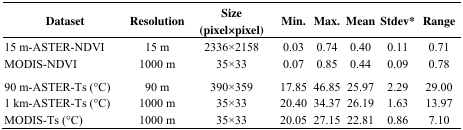
<table><thead><tr><td><b>Dataset</b></td><td><b>Resolution</b></td><td><b>Size(pixel×pixel)</b></td><td><b>Min.</b></td><td><b>Max.</b></td><td><b>Mean</b></td><td><b>Stdev*</b></td><td><b>Range</b></td></tr></thead><tbody><tr><td>15 m-ASTER-NDVI</td><td>15 m</td><td>2336×2158</td><td>0.03</td><td>0.74</td><td>0.40</td><td>0.11</td><td>0.71</td></tr><tr><td>MODIS-NDVI</td><td>1000 m</td><td>35×33</td><td>0.07</td><td>0.85</td><td>0.44</td><td>0.09</td><td>0.78</td></tr><tr><td>90 m-ASTER-Ts (°C)</td><td>90 m</td><td>390×359</td><td>17.85</td><td>46.85</td><td>25.97</td><td>2.29</td><td>29.00</td></tr><tr><td>1 km-ASTER-Ts (°C)</td><td>1000 m</td><td>35×33</td><td>20.40</td><td>34.37</td><td>26.19</td><td>1.63</td><td>13.97</td></tr><tr><td>MODIS-Ts (°C)</td><td>1000 m</td><td>35×33</td><td>20.05</td><td>27.15</td><td>22.81</td><td>0.86</td><td>7.10</td></tr></tbody></table>